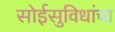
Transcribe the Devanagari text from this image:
सोईसुविधांचा